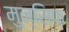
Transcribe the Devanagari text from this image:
मुन्सिफ